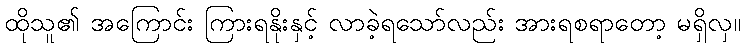
ထိုသူ၏ အကြောင်း ကြားရနိုးနှင့် လာခဲ့ရသော်လည်း အားရစရာတော့ မရှိလှ။